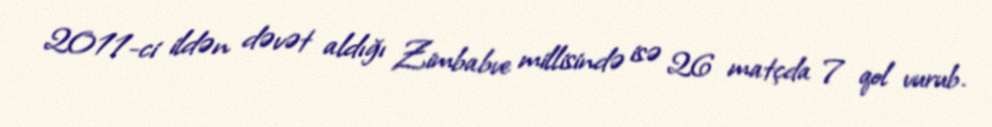
2011-ci ildən dəvət aldığı Zimbabve millisində isə 26 matçda 7 qol vurub.